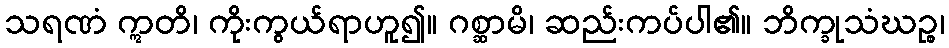
သရဏံ ဣတိ၊ ကိုးကွယ်ရာဟူ၍။ ဂစ္ဆာမိ၊ ဆည်းကပ်ပါ၏။ ဘိက္ခုသံဃဉ္စ၊